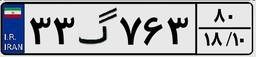
۳۳گ۷۶۳۸۰